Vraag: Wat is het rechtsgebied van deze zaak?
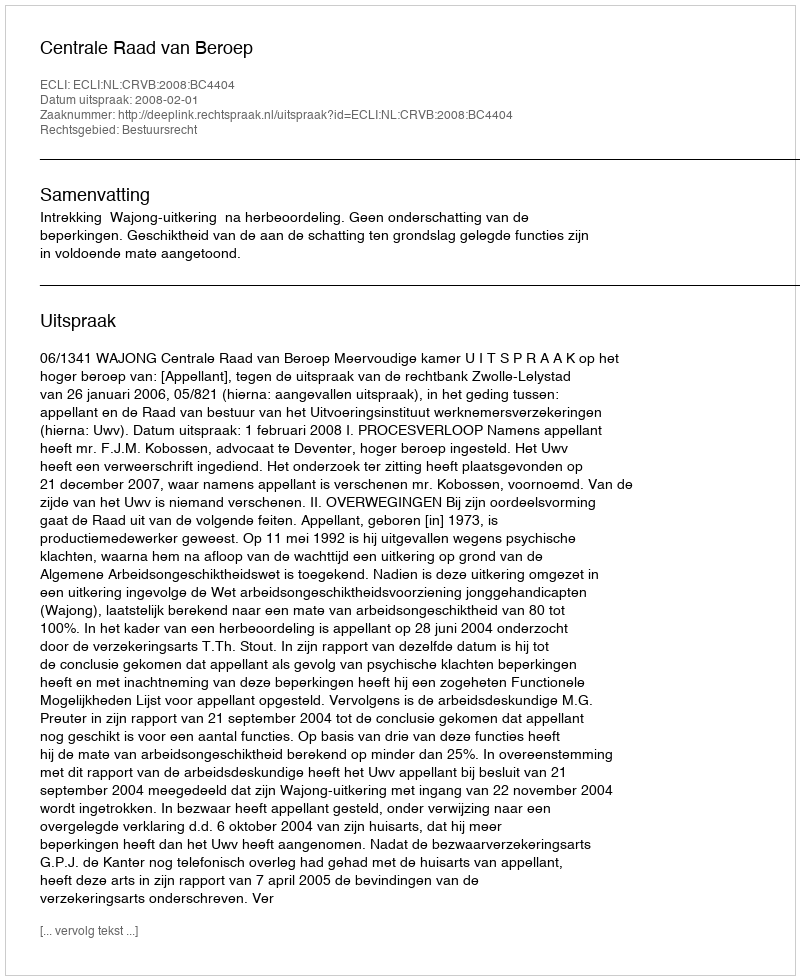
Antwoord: Bestuursrecht